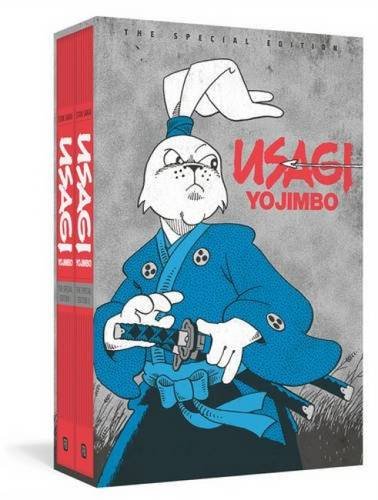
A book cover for Usagi Yojimbo: The Special Edition (Usagi Yojimbo); Stan Sakai; Comics & Graphic Novels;